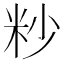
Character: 粆